Calcutta medical institutions reports 1871-78
Year: 1871
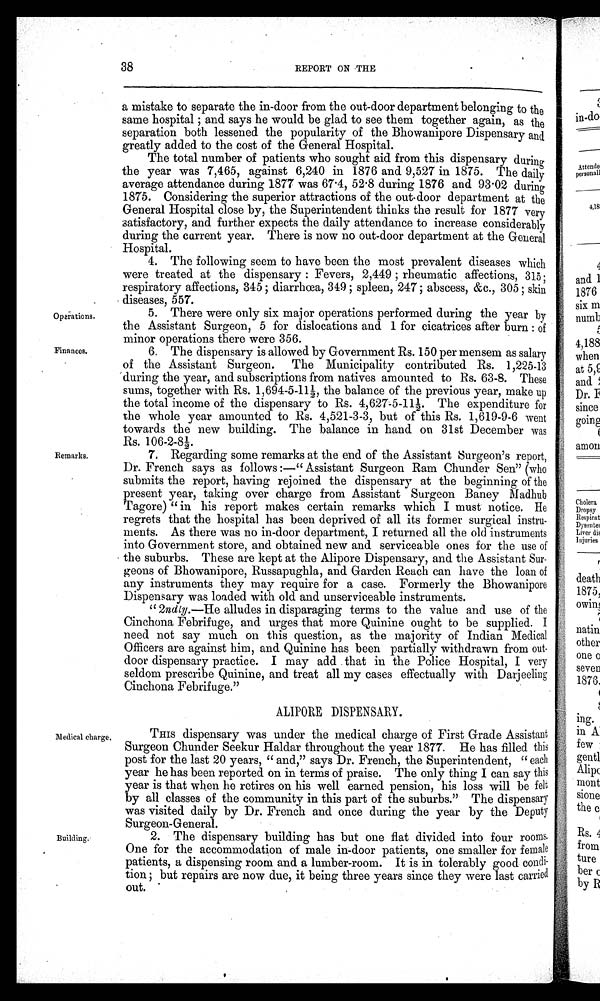
38
REPORT ON THE
a mistake to separate the in-door from the out-door department belonging to the
same hospital; and says he would be glad to see them together again, as the
separation both lessened the popularity of the Bhowanipore Dispensary and
greatly added to the cost of the General Hospital.
The total number of patients who sought aid from this dispensary during
the year was 7,465, against 6,240 in 1876 and 9,527 in 1875. The daily
average attendance during 1877 was 67.4, 52.8 during 1876 and 93.02 during
1875. Considering the superior attractions of the out-door department at the
General Hospital close by, the Superintendent thinks the result for 1877 very
satisfactory, and further expects the daily attendance to increase considerably
during the current year. There is now no out-door department at the General
Hospital.
4. The following seem to have been the most prevalent diseases which
were treated at the dispensary: Fevers, 2,449; rheumatic affections, 315;
respiratory affections, 345; diarrhœa, 349; spleen, 247; abscess, &c., 305; skin
diseases, 557.
Operations. 5. There were only six major operations performed during the year by
the Assistant Surgeon, 5 for dislocations and 1 for cicatrices after burn: of
minor operations there were 356.
Finances. 6. The dispensary is allowed by Government Rs. 150 per mensem as salary
of the Assistant Surgeon. The Municipality contributed Rs. 1,225-13
during the year, and subscriptions from natives amounted to Rs. 63-8. These
sums, together with Rs. 1,694-5-11½, the balance of the previous year, make up
the total income of the dispensary to Rs. 4,627-5-11½. The expenditure for
the whole year amounted to Rs. 4,521-3-3, but of this Rs. 1,619-9-6 went
towards the new building. The balance in hand on 31st December was
Rs. 106-2-8½.
Remarks. 7. Regarding some remarks at the end of the Assistant Surgeon's report,
Dr. French says as follows :— "Assistant Surgeon Ram Chunder Sen" (who
submits the report, having rejoined the dispensary at the beginning of the
present year, taking over charge from Assistant Surgeon Baney Madhub
Tagore) "in his report makes certain remarks which I must notice. He
regrets that the hospital has been deprived of all its former surgical instru-
ments. As there was no in-door department, I returned all the old instruments
•
i nt o Government st ore, and obt ai ned new and servi ceabl e ones for t he use of
t he suburbs. These are kept at t he Al i pore Di spensary, and t he Assi st ant Sur-
- g e o n s o f B h o w a n i p o r e , R u s s a p u g h l a , a n d G a r d e n R e a c h c a n h a v e t h e l o a n o f
any instruments they may require for a case. Formerly the Bhowanipore
Dispensary was loaded with old and unserviceable instruments.
"2ndly.—He alludes in disparaging terms to the value and use of the
Cinchona Febrifuge, and urges that more Quinine ought to be supplied. I
need not say much on this question, as the majority of Indian Medical
Officers are against him, and Quinine has been partially withdrawn from
o u t - d o o r d i s p e n s a r y p r a c t i c e . I m a y a d d t h a t i n t h e P o l i c e H o s p i t a l , I v e r y
seldom prescribe Quinine, and treat all my cases effectually with Darjeeling
Cinchona Febrifuge."
ALIPORE DISPENSARY.
Medical charge. THIS dispensary was under the medical charge of First Grade Assistant
Surgeon Chunder Seekur Haldar throughout the year 1877. He has filled this
post for the last 20 years, "and," says Dr. French, the Superintendent, "each
year he has been reported on in terms of praise. The only thing I can say this
year is that when he retires on his well earned pension, his loss will be felt
by all classes of the community in this part of the suburbs." The dispensary
was visited daily by Dr. French and once during the year by the Deputy
Surgeon-General.
Building. 2. The dispensary building has but one flat divided into four rooms.
One for the accommodation of male in-door patients, one smaller for female
patients, a dispensing room and a lumber-room. It is in tolerably good
condi-tion; but repairs are now due, it being three years since they were last
c a r r i e d o u t . .